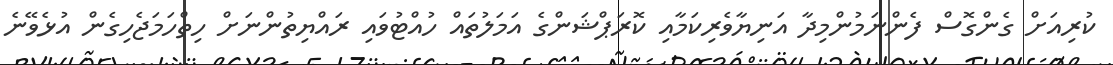
ކުރިއަށް ގެންގޮސް ފެންނަމުންމިދާ އަނިޔާވެރިކަމާއި ކޮރަޕްޝަންގެ އަމަލުތައް ހުއްޓުވައި ރައްޔިތުންނަށް ހިތްހަމަޖެހިގެން އުޅެވޭނެ